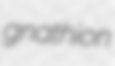
gnathion